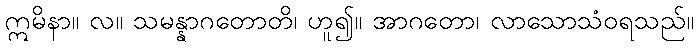
ဣမိနာ။ လ။ သမန္နာဂတောတိ၊ ဟူ၍။ အာဂတော၊ လာသောသံဝရသည်။